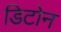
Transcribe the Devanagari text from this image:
डिटोन